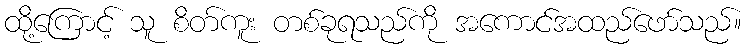
ထို့ကြောင့် သူ စိတ်ကူး တစ်ခုရသည်ကို အကောင်အထည်ဖော်သည်။